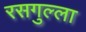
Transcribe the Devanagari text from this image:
रसगुल्‍ला